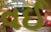
વઈ